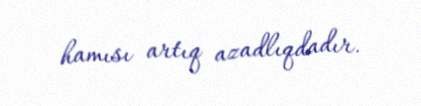
hamısı artıq azadlıqdadır.